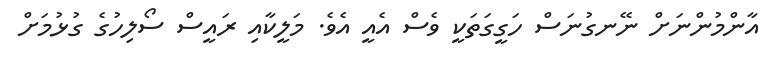
އާންމުންނަށް ނޭނގުނަސް ހަގީގަތަކީ ވެސް އެއީ އެވެ. މަލީކާއި ރައީސް ސޯލިހުގެ ގުޅުމަށް